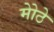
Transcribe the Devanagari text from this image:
मोेठे